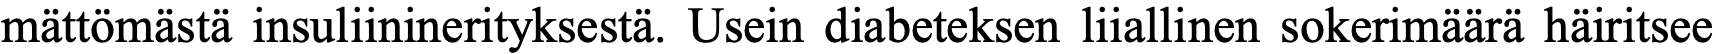
mättömästä insuliininerityksestä. Usein diabeteksen liiallinen sokerimäärä häiritsee